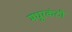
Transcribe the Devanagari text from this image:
मधुरकंठी